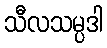
သီလသမ္ပဒါ